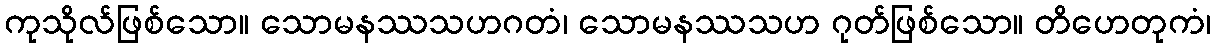
ကုသိုလ်ဖြစ်သော။ သောမနဿသဟဂတံ၊ သောမနဿသဟ ဂုတ်ဖြစ်သော။ တိဟေတုကံ၊